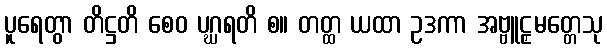
ပူရေတွာ တိဋ္ဌတိ စေဝ ပဂ္ဃရတိ စ။ တတ္ထ ယထာ ဥဒကာ အဗ္ဗူဠှမတ္တေသု